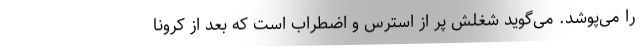
را می‌پوشد. می‌گوید شغلش پر از استرس و اضطراب است که بعد از کرونا